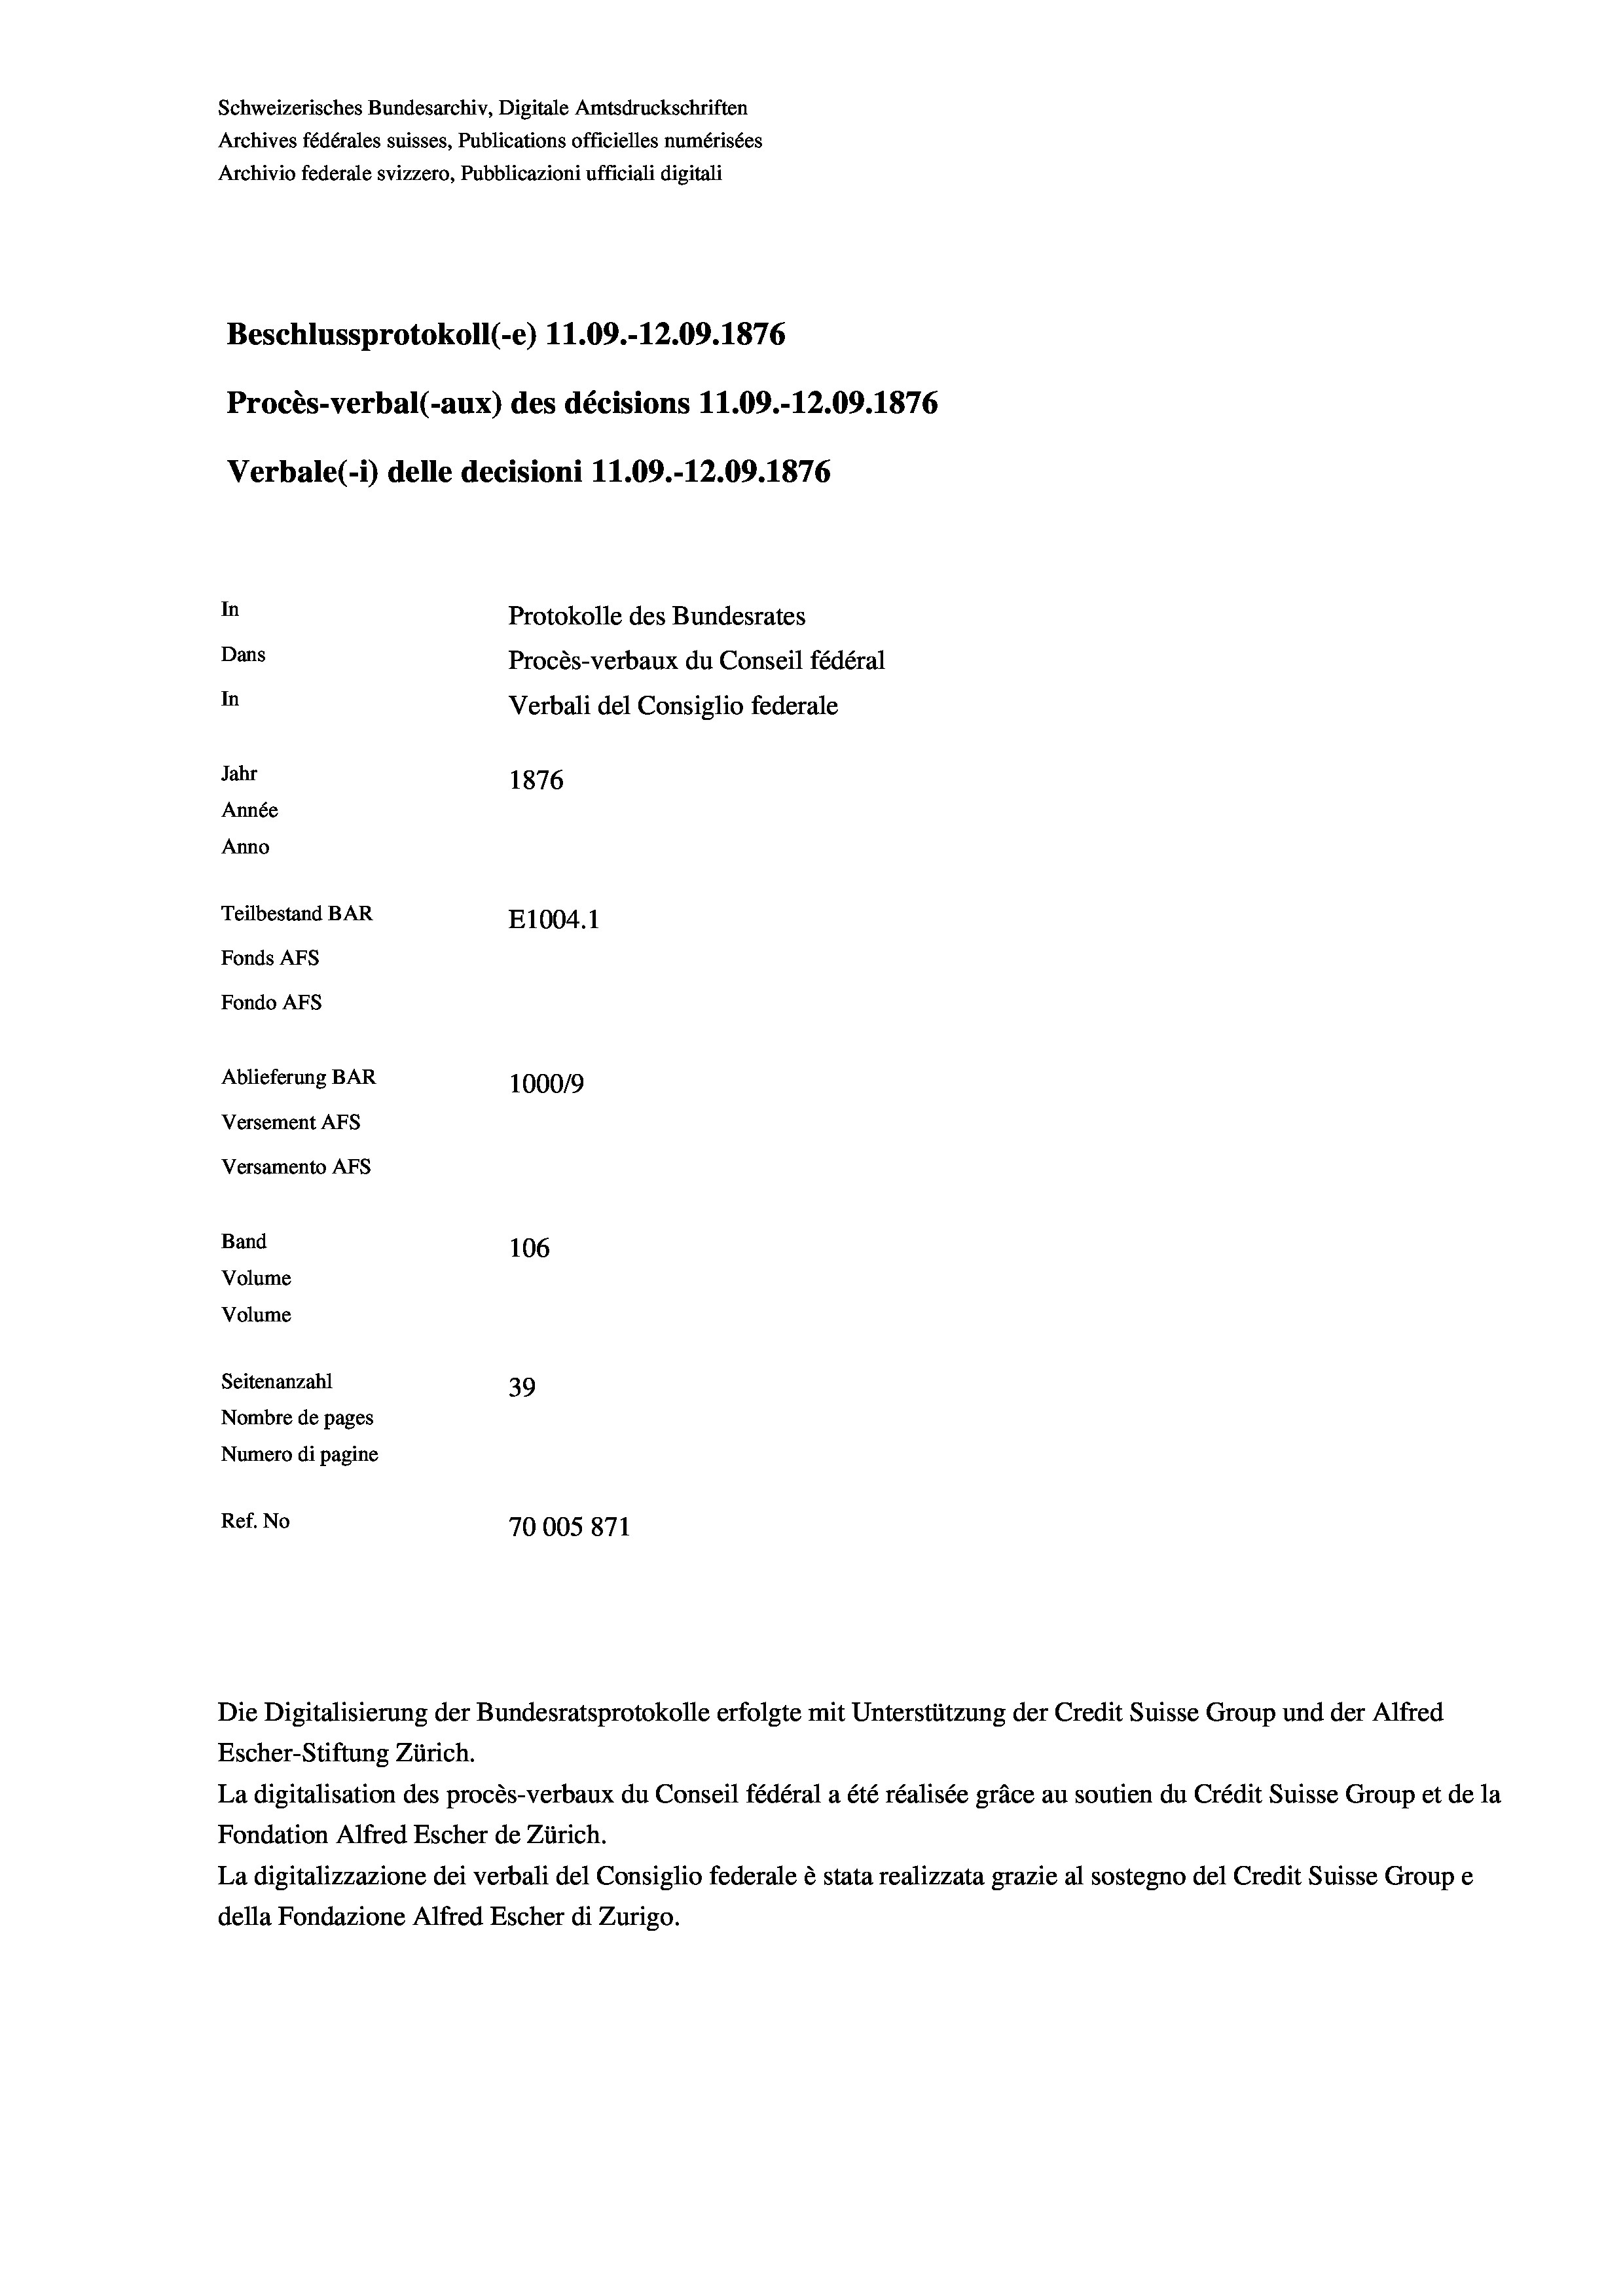
Schweizerisches Bundesarchiv, Digitale Amtsdruckschriften
Archives fédérales suisses, Publications officielles numérisées
Archivio federale svizzero, Pubblicazioni ufficiali digitali
Beschlussprotokoll (-e) 11.09.-12.09. 1876
Procès-verbal (-aux) des décisions 11.09.-12.09. 1876
Verbale(*) delle decisioni 11.09.-12.09. 1876
In
Protokolle des Bundesrates
Dans
Procès-verbaux du Conseil fédéral
In
Verbali del Consiglio federale
Jahr
1876
Année
Anno
Teilbestand BAR
E1004.1
Fonds AFs
Fondo Afs
Ablieferung BAR
100019
Versement AFs
Versamento Afs
Band
106
Volume
Volume
Seitenanzahl
39
Nombre de pages
Numero di pagine
Ref. No
70005871

Die Digitalisierung der Bundesratsprotokolle erfolgte mit Unterstützung der Credit Suisse Group und der Alfred
Escher-Stiftung Zürich.
La digitalisation des procès-verbaux du Conseil fédéral a été réalisée gräce au soutien du Crédit Suisse Group et de la
Fondation Alfred Escher de Zürich.
La digitalizzazione dei verbali del Consiglio federale è stata realizzata grazie al sostegno del Credit Suisse Groupe
della Fondazione Alfred Escher di Zurigo.